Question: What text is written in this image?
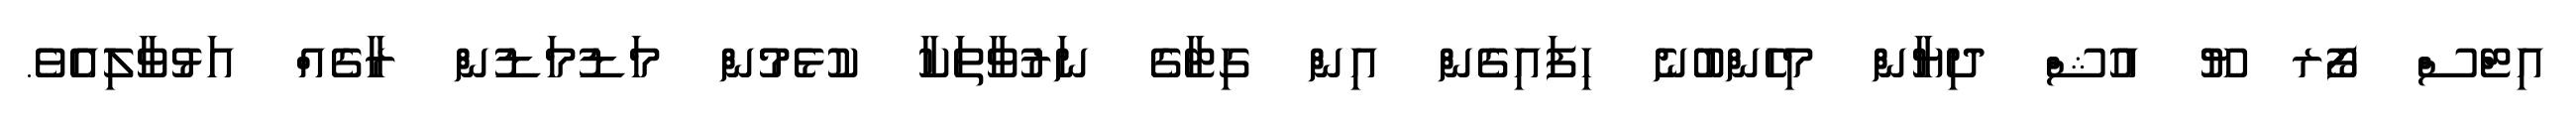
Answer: އިޓްސް ފޯރ ޔޫ އުޝް ދިޔާން މިހެންބުނެ ހިފައިގެން އިން ގިޓާގެ ނަރުވާތަކާ ކުޅެމުން މަޑުމަޑުން ރާގެއް އަޅުވާލިއެވެ.